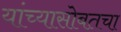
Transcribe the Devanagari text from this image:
यांच्यासोबतचा